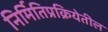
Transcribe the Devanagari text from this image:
निर्मितिप्रक्रियेतील